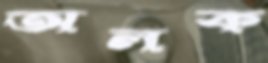
অলক